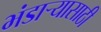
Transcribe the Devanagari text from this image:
भंडार्‍यासाठी